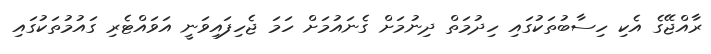
ރާއްޖޭގެ އެކި ހިސާބުތަކުގައި ހިދުމަތް ދިނުމަށް ގެނައުމަށް ހަމަ ޖެހިފައިވަނީ އަވައްޓެރި ގައުމުތަކުގައި